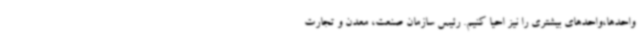
واحدها،واحدهای بیشتری را نیز احیا کنیم. رئیس سازمان صنعت، معدن و تجارت